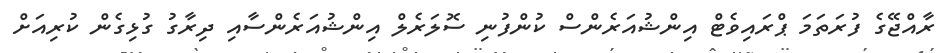
ރާއްޖޭގެ ފުރަތަމަ ޕްރައިވެޓް އިންޝުއަރެންސް ކުންފުނި ސޮލަރެލް އިންޝުއަރެންސާއި ދިރާގު ގުޅިގެން ކުރިއަަށް